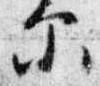
示